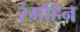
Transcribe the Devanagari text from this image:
रंगहिन